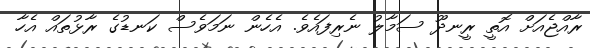
ރާއްޖެއަށް އޮތީ ރީނދޫ ސަމާލު ނެރިފައެވެ. އެހެން ނަމަވެސް ކަނޑުގެ ރާޅުތައް އެހާ